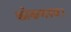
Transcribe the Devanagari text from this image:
कोकणस्थ।